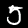
Digit: 5